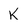
Character: K